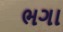
ભગા